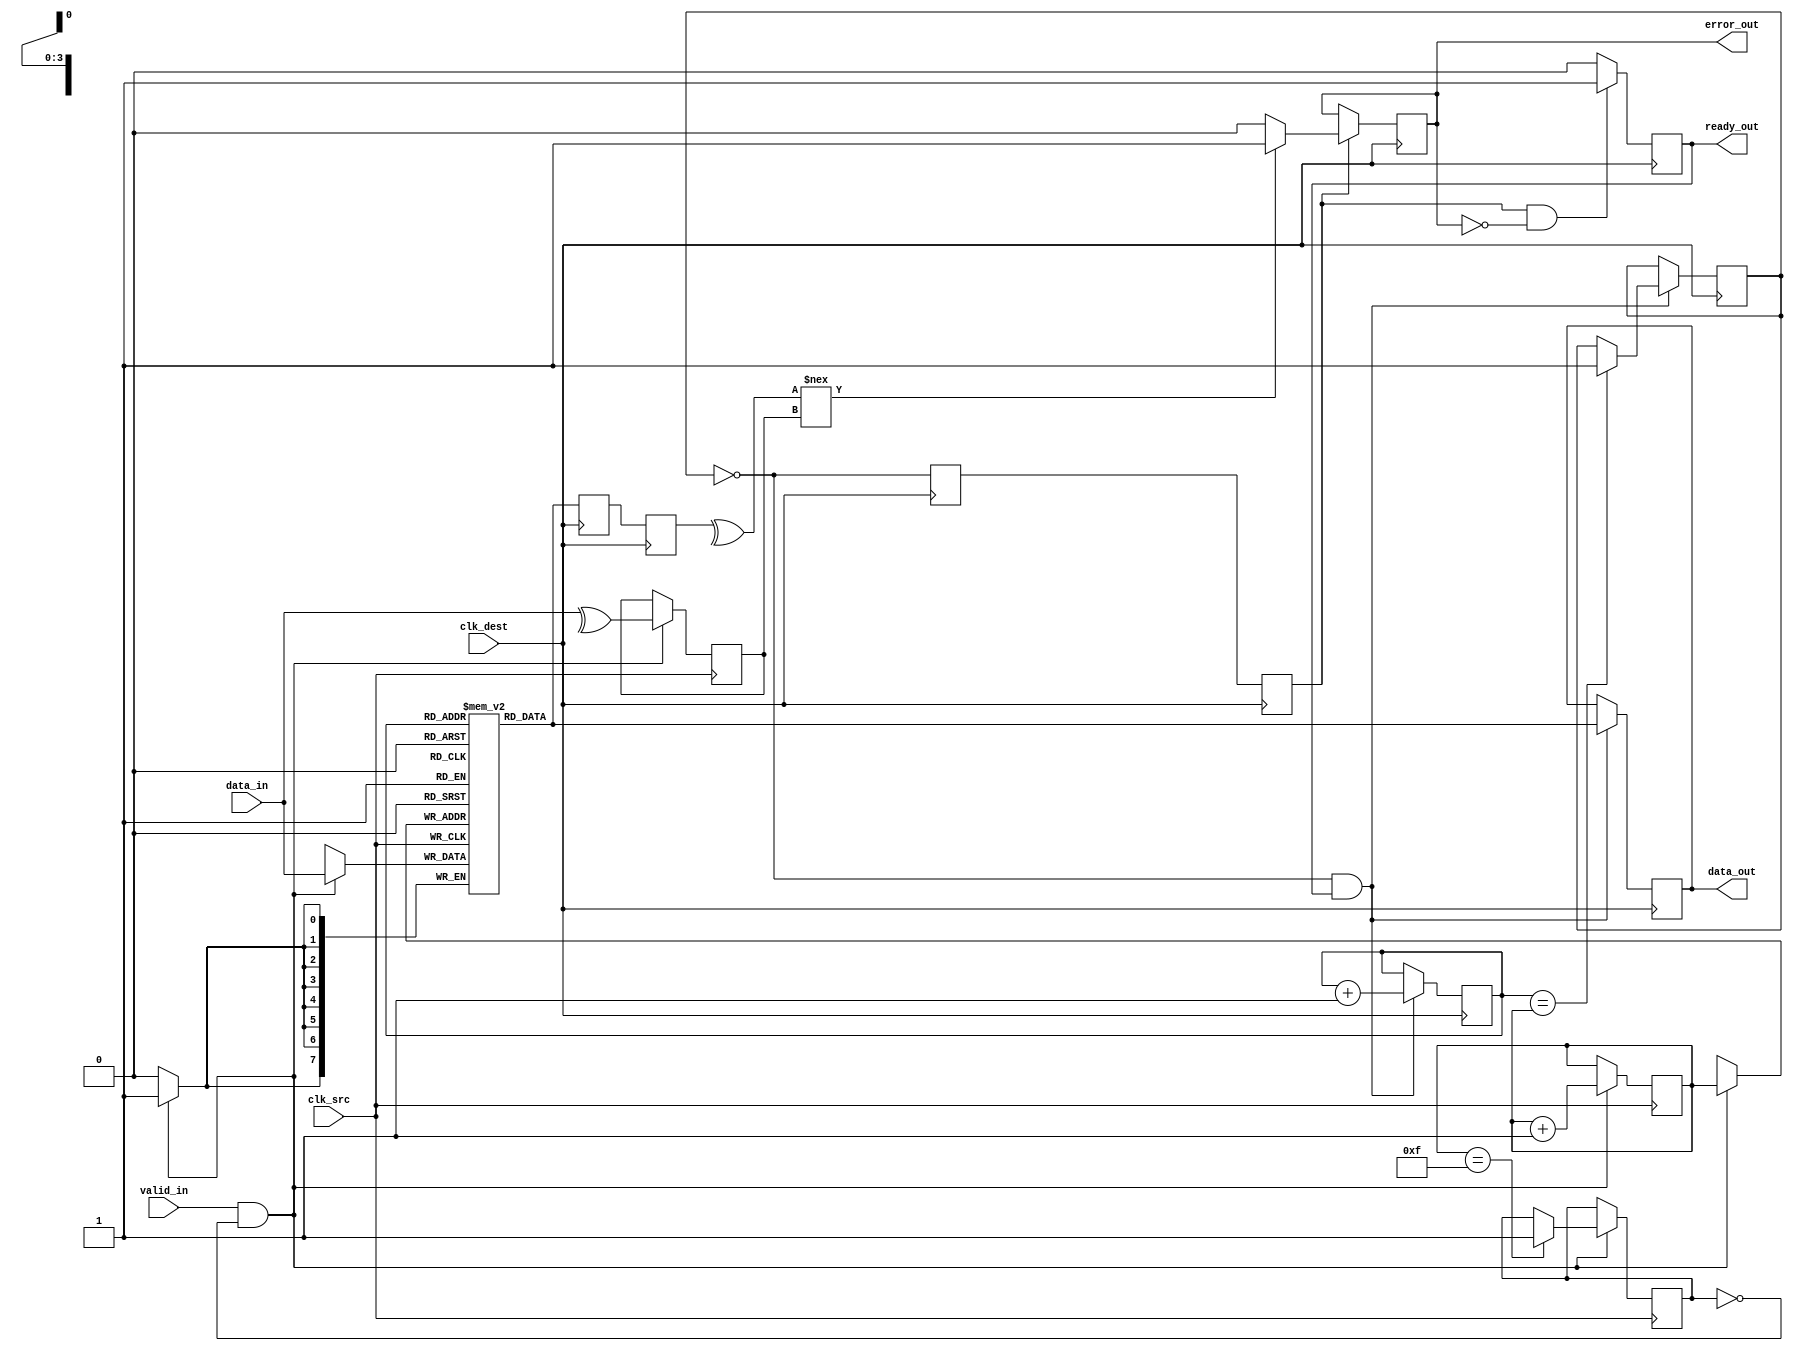
module cdc_memory_blocks (
    input wire clk_src,
    input wire clk_dest,
    input wire [7:0] data_in,      // 8-bit data input
    input wire valid_in,           // Valid signal from source clock domain
    output reg ready_out,          // Ready signal for destination clock domain
    output reg [7:0] data_out,     // Data output to destination clock domain
    output reg error_out           // Error signal
);

    // FIFO parameters
    parameter FIFO_DEPTH = 16;     // Depth of the FIFO
    reg [7:0] fifo [0:FIFO_DEPTH-1]; // FIFO storage
    reg [3:0] write_ptr, read_ptr;  // Write and read pointers
    reg fifo_full, fifo_empty;       // FIFO status flags

    // Parity bit generation
    reg parity_bit;
    
    // Synchronization registers
    reg [7:0] sync_data;
    reg sync_valid;
    
    // Dual flip-flop synchronizers for data and valid signals
    reg [7:0] data_sync_ff1, data_sync_ff2;
    reg valid_sync_ff1, valid_sync_ff2;

    // FIFO write operation in source clock domain
    always @(posedge clk_src) begin
        if (valid_in && !fifo_full) begin
            fifo[write_ptr] <= data_in;
            parity_bit <= ^data_in; // Calculate parity bit
            write_ptr <= write_ptr + 1;
            if (write_ptr == FIFO_DEPTH - 1) begin
                fifo_full <= 1;
            end
        end
    end

    // FIFO read operation in destination clock domain
    always @(posedge clk_dest) begin
        if (!fifo_empty && ready_out) begin
            data_out <= fifo[read_ptr];
            read_ptr <= read_ptr + 1;
            if (read_ptr == write_ptr) begin
                fifo_empty <= 1;
            end
        end
    end

    // Synchronize data and valid signals to destination clock domain
    always @(posedge clk_dest) begin
        data_sync_ff1 <= fifo[read_ptr]; // Synchronize data
        valid_sync_ff1 <= !fifo_empty;    // Synchronize valid signal
        data_sync_ff2 <= data_sync_ff1;   // Second stage of synchronization
        valid_sync_ff2 <= valid_sync_ff1; // Second stage of synchronization
    end

    // Error detection logic
    always @(posedge clk_dest) begin
        if (valid_sync_ff2) begin
            // Check parity
            if (^data_sync_ff2 !== parity_bit) begin
                error_out <= 1; // Error detected
            end else begin
                error_out <= 0; // No error
            end
        end
    end

    // Handshaking mechanism
    always @(posedge clk_dest) begin
        if (valid_sync_ff2 && !error_out) begin
            ready_out <= 1; // Indicate readiness to receive data
        end else begin
            ready_out <= 0; // Not ready
        end
    end

    // FIFO initialization
    initial begin
        write_ptr = 0;
        read_ptr = 0;
        fifo_full = 0;
        fifo_empty = 1;
        error_out = 0;
    end

endmodule